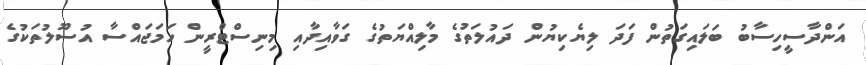
އަންދާސީހިސާބު ބަލައިގަތުން ފަދަ ލިޔެކިޔުން ދައުލަތުގެ މާލިއްޔަތުގެ ގަވާއިދާއި މިނިސްޓްރީން ހަމަޖައްސާ އުސޫލުތަކުގެ